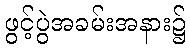
ဖွင့်ပွဲအခမ်းအနား၌